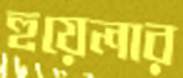
হুয়েলার